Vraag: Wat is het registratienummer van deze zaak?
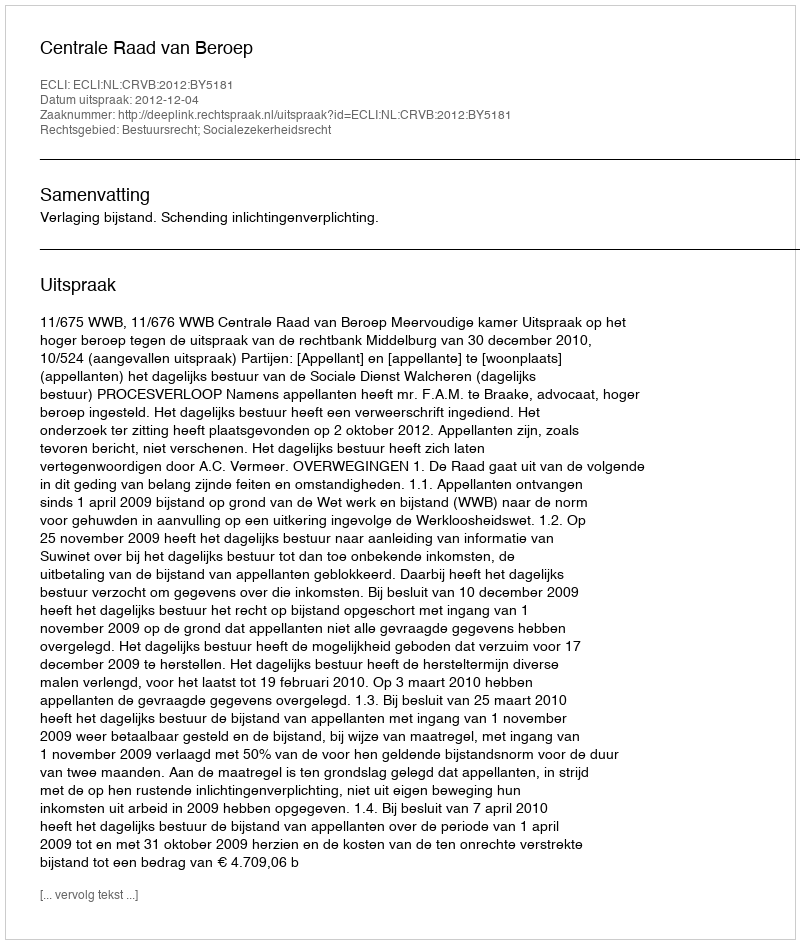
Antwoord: http://deeplink.rechtspraak.nl/uitspraak?id=ECLI:NL:CRVB:2012:BY5181